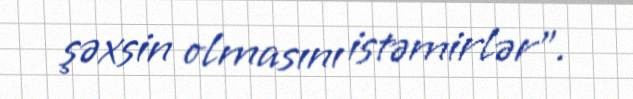
şəxsin olmasını istəmirlər”.